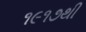
૧૯૧૭થી